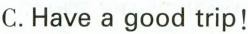
C.Have a good trip!